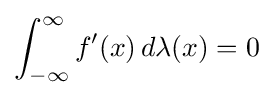
\int _{-\infty }^{\infty }f'(x)\,d\lambda (x)=0